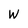
Character: W